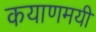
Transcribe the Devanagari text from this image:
कयाणमयी